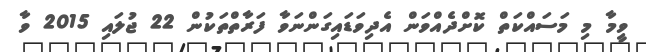
ވީމާ މި މަސައްކަތް ކޮށްދެއްވަން އެދިވަޑައިގަންނަވާ ފަރާތްތަކުން 22 ޖުލައި 2015 ވާ